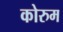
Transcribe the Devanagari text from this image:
कोरुम